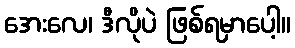
အေးလေ၊ ဒီလိုပဲ ဖြစ်ရမှာပေါ့။